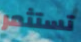
تستثمر